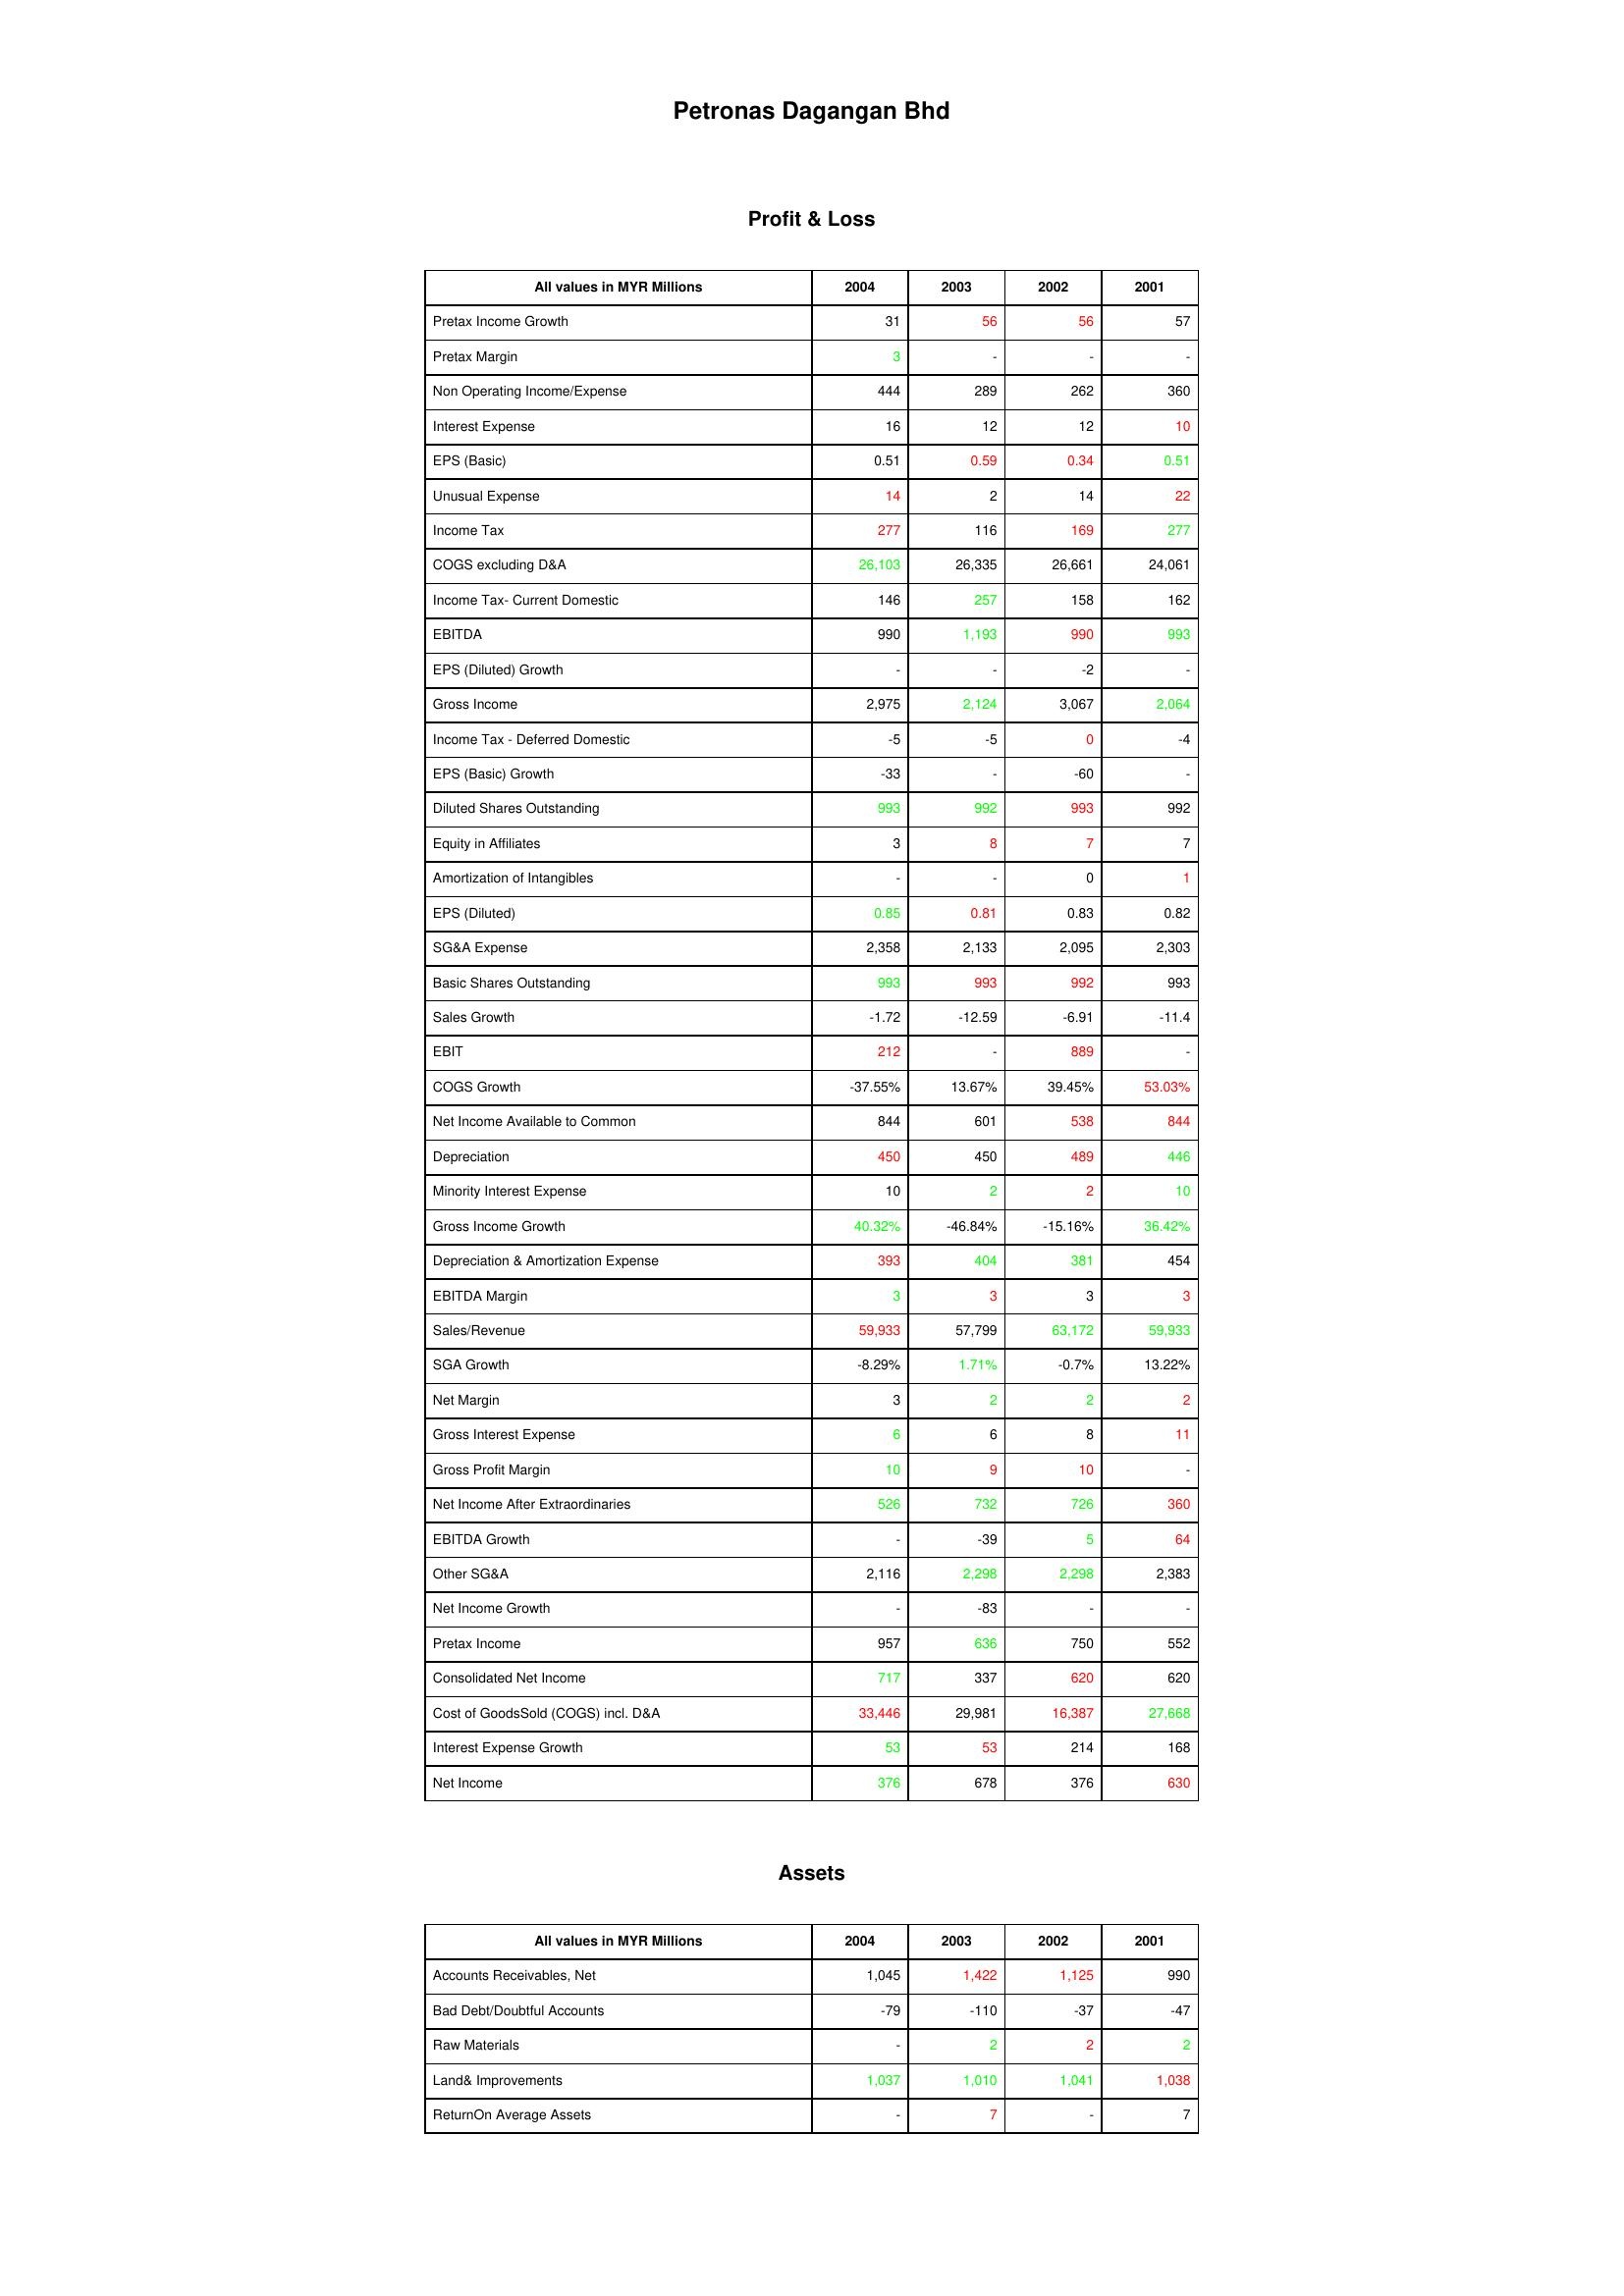
gt_parse: 2004: Profit & Loss: Pretax Income Growth: 31
Pretax Margin: 3
Non Operating Income/Expense: 444
Interest Expense: 16
EPS (Basic): 0.51
Unusual Expense: 14
Income Tax: 277
COGS excluding D&A: 26,103
Income Tax- Current Domestic: 146
EBITDA: 990
EPS (Diluted) Growth: -
Gross Income: 2,975
Income Tax - Deferred Domestic: -5
EPS (Basic) Growth: -33
Diluted Shares Outstanding: 993
Equity in Affiliates: 3
Amortization of Intangibles: -
EPS (Diluted): 0.85
SG&A Expense: 2,358
Basic Shares Outstanding: 993
Sales Growth: -1.72
EBIT: 212
COGS Growth: -37.55%
Net Income Available to Common: 844
Depreciation: 450
Minority Interest Expense: 10
Gross Income Growth: 40.32%
Depreciation & Amortization Expense: 393
EBITDA Margin: 3
Sales/Revenue: 59,933
SGA Growth: -8.29%
Net Margin: 3
Gross Interest Expense: 6
Gross Profit Margin: 10
Net Income After Extraordinaries: 526
EBITDA Growth: -
Other SG&A: 2,116
Net Income Growth: -
Pretax Income: 957
Consolidated Net Income: 717
Cost of GoodsSold (COGS) incl. D&A: 33,446
Interest Expense Growth: 53
Net Income: 376
Assets: Accounts Receivables, Net: 1,045
Bad Debt/Doubtful Accounts: -79
Raw Materials: -
Land& Improvements: 1,037
ReturnOn Average Assets: -
2003: Profit & Loss: Pretax Income Growth: 56
Pretax Margin: -
Non Operating Income/Expense: 289
Interest Expense: 12
EPS (Basic): 0.59
Unusual Expense: 2
Income Tax: 116
COGS excluding D&A: 26,335
Income Tax- Current Domestic: 257
EBITDA: 1,193
EPS (Diluted) Growth: -
Gross Income: 2,124
Income Tax - Deferred Domestic: -5
EPS (Basic) Growth: -
Diluted Shares Outstanding: 992
Equity in Affiliates: 8
Amortization of Intangibles: -
EPS (Diluted): 0.81
SG&A Expense: 2,133
Basic Shares Outstanding: 993
Sales Growth: -12.59
EBIT: -
COGS Growth: 13.67%
Net Income Available to Common: 601
Depreciation: 450
Minority Interest Expense: 2
Gross Income Growth: -46.84%
Depreciation & Amortization Expense: 404
EBITDA Margin: 3
Sales/Revenue: 57,799
SGA Growth: 1.71%
Net Margin: 2
Gross Interest Expense: 6
Gross Profit Margin: 9
Net Income After Extraordinaries: 732
EBITDA Growth: -39
Other SG&A: 2,298
Net Income Growth: -83
Pretax Income: 636
Consolidated Net Income: 337
Cost of GoodsSold (COGS) incl. D&A: 29,981
Interest Expense Growth: 53
Net Income: 678
Assets: Accounts Receivables, Net: 1,422
Bad Debt/Doubtful Accounts: -110
Raw Materials: 2
Land& Improvements: 1,010
ReturnOn Average Assets: 7
2002: Profit & Loss: Pretax Income Growth: 56
Pretax Margin: -
Non Operating Income/Expense: 262
Interest Expense: 12
EPS (Basic): 0.34
Unusual Expense: 14
Income Tax: 169
COGS excluding D&A: 26,661
Income Tax- Current Domestic: 158
EBITDA: 990
EPS (Diluted) Growth: -2
Gross Income: 3,067
Income Tax - Deferred Domestic: 0
EPS (Basic) Growth: -60
Diluted Shares Outstanding: 993
Equity in Affiliates: 7
Amortization of Intangibles: 0
EPS (Diluted): 0.83
SG&A Expense: 2,095
Basic Shares Outstanding: 992
Sales Growth: -6.91
EBIT: 889
COGS Growth: 39.45%
Net Income Available to Common: 538
Depreciation: 489
Minority Interest Expense: 2
Gross Income Growth: -15.16%
Depreciation & Amortization Expense: 381
EBITDA Margin: 3
Sales/Revenue: 63,172
SGA Growth: -0.7%
Net Margin: 2
Gross Interest Expense: 8
Gross Profit Margin: 10
Net Income After Extraordinaries: 726
EBITDA Growth: 5
Other SG&A: 2,298
Net Income Growth: -
Pretax Income: 750
Consolidated Net Income: 620
Cost of GoodsSold (COGS) incl. D&A: 16,387
Interest Expense Growth: 214
Net Income: 376
Assets: Accounts Receivables, Net: 1,125
Bad Debt/Doubtful Accounts: -37
Raw Materials: 2
Land& Improvements: 1,041
ReturnOn Average Assets: -
2001: Profit & Loss: Pretax Income Growth: 57
Pretax Margin: -
Non Operating Income/Expense: 360
Interest Expense: 10
EPS (Basic): 0.51
Unusual Expense: 22
Income Tax: 277
COGS excluding D&A: 24,061
Income Tax- Current Domestic: 162
EBITDA: 993
EPS (Diluted) Growth: -
Gross Income: 2,064
Income Tax - Deferred Domestic: -4
EPS (Basic) Growth: -
Diluted Shares Outstanding: 992
Equity in Affiliates: 7
Amortization of Intangibles: 1
EPS (Diluted): 0.82
SG&A Expense: 2,303
Basic Shares Outstanding: 993
Sales Growth: -11.4
EBIT: -
COGS Growth: 53.03%
Net Income Available to Common: 844
Depreciation: 446
Minority Interest Expense: 10
Gross Income Growth: 36.42%
Depreciation & Amortization Expense: 454
EBITDA Margin: 3
Sales/Revenue: 59,933
SGA Growth: 13.22%
Net Margin: 2
Gross Interest Expense: 11
Gross Profit Margin: -
Net Income After Extraordinaries: 360
EBITDA Growth: 64
Other SG&A: 2,383
Net Income Growth: -
Pretax Income: 552
Consolidated Net Income: 620
Cost of GoodsSold (COGS) incl. D&A: 27,668
Interest Expense Growth: 168
Net Income: 630
Assets: Accounts Receivables, Net: 990
Bad Debt/Doubtful Accounts: -47
Raw Materials: 2
Land& Improvements: 1,038
ReturnOn Average Assets: 7